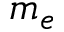
m _ { e }